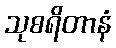
သုစရိတာနံ